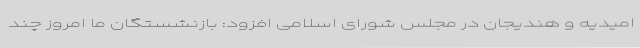
امیدیه و هندیجان در مجلس شورای اسلامی افزود: بازنشستگان ما امروز چند